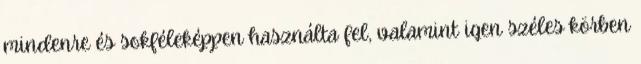
mindenre és sokféleképpen használta fel, valamint igen széles körben